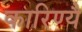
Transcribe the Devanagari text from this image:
कारिण्यै